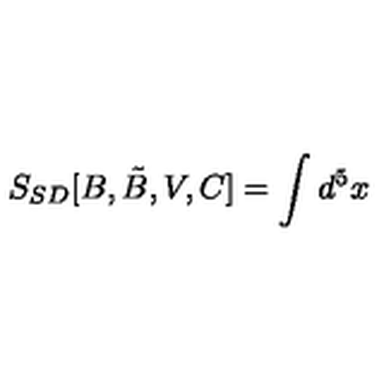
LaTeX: S _ { S D } [ B , \tilde { B } , V , C ] = \int d ^ { 5 } x